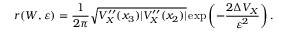
r ( W , \varepsilon ) = \frac { 1 } { 2 \pi } \sqrt { V _ { X } ^ { \prime \prime } ( x _ { 3 } ) \lvert V _ { X } ^ { \prime \prime } ( x _ { 2 } ) \rvert } \, \mathrm { e x p } \left( - \frac { 2 \Delta V _ { X } } { \varepsilon ^ { 2 } } \right) .